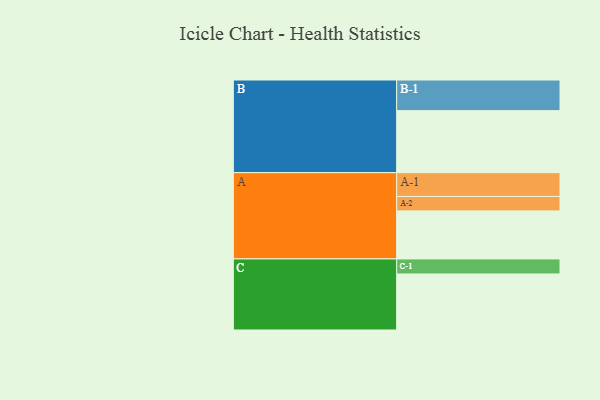
{"axis": {"x": "Segment", "y": "Value"}, "legend": ["", "A", "B", "C"], "data": [{"x": "A", "y": 329, "type": ""}, {"x": "B", "y": 425, "type": ""}, {"x": "C", "y": 384, "type": ""}, {"x": "A-1", "y": 163, "type": "A"}, {"x": "A-2", "y": 99, "type": "A"}, {"x": "B-1", "y": 210, "type": "B"}, {"x": "C-1", "y": 103, "type": "C"}]}